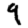
Digit: 9